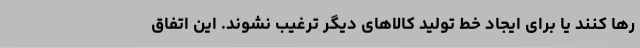
رها کنند یا برای ایجاد خط تولید کالاهای دیگر ترغیب نشوند. این اتفاق